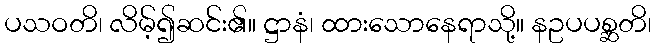
ပသဝတိ၊ လိမ့်၍ဆင်း၏။ ဋ္ဌာနံ၊ ထားသောနေရာသို့။ နဥပပစ္ဆတိ၊